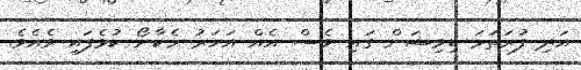
އަދި ފުރަތަމަ ޑިވިޝަން ގައި ވެސް އެއް އަހަރު މެކާނޯ ކުޅެފައި ވެއެވެ.